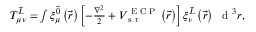
\begin{array} { r } { T _ { \mu \nu } ^ { \vec { L } } = \int \xi _ { \mu } ^ { \vec { 0 } } \left( \vec { r } \right) \left[ - \frac { \nabla ^ { 2 } } { 2 } + V _ { \textrm { s r } } ^ { \textrm { E C P } } \left( \vec { r } \right) \right] \xi _ { \nu } ^ { \vec { L } } \left( \vec { r } \right) ~ \textrm { d } ^ { 3 } r , } \end{array}